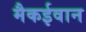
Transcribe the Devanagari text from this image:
मैकईवान